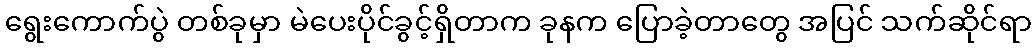
ရွေးကောက်ပွဲ တစ်ခုမှာ မဲပေးပိုင်ခွင့်ရှိတာက ခုနက ပြောခဲ့တာတွေ အပြင် သက်ဆိုင်ရာ